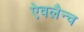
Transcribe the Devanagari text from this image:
ऐवलैन्च